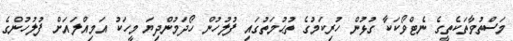
މަސްތުވާތަކެތީގެ ނެޓްވޯކަކާ ގުޅުން ހުރިކަމުގެ ތުޙުމަތުގައި ފުލުހުން ހޯދަމުންދިޔަ މީހަކު އަމިއްލައަށް ފުލުހުންގެ